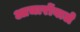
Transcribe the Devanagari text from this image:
आचारोंवाले